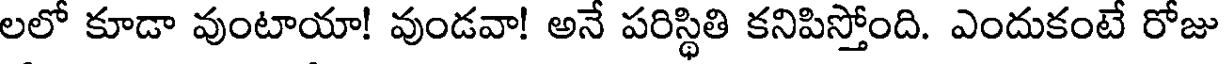
లలో కూడా వుంటాయా! వుండవా! అనే పరిస్థితి కనిపిస్తోంది. ఎందుకంటే రోజు